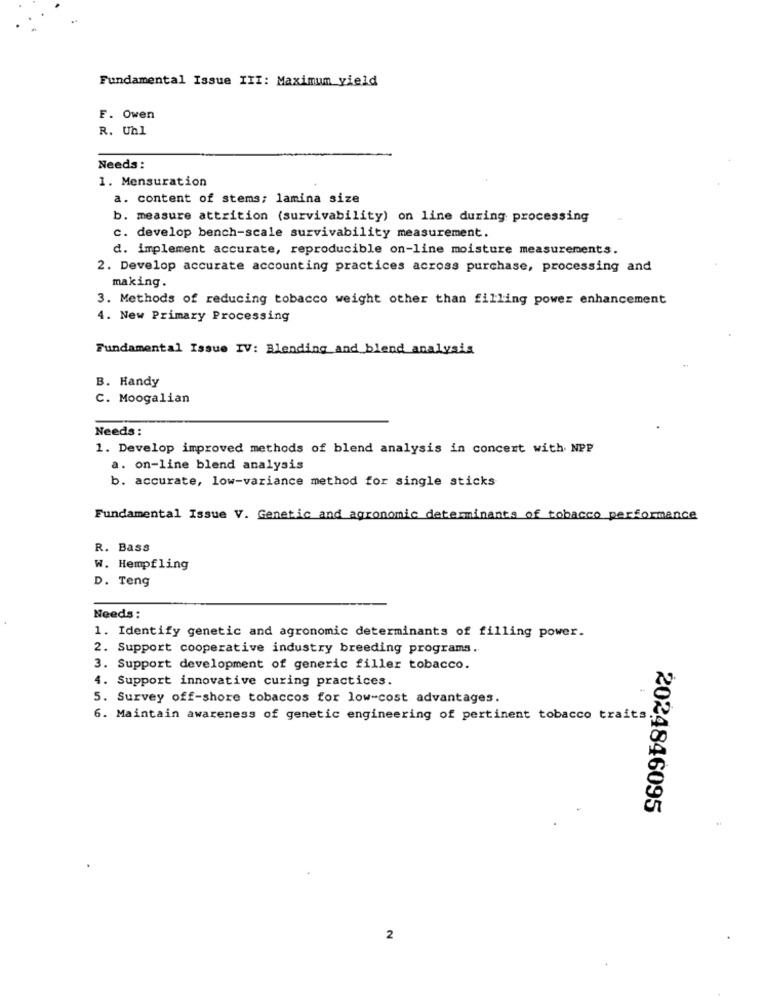
Fundamental Issue III: Maximum yield
F. Owen
R. Unl
Needs:
1. Mensuration
a. content of stems; lamina size
b. measure attrition (survivability) on line during processing
c. develop bench-scale survivability measurement.
d. implement accurate, reproducible on-line moisture measurements.
2. Develop accurate accounting practices across purchase, processing and
making.
3. Methods of reducing tobacco weight other than filling power enhancement
4. New Primary Processing
Fundamental Issue IV: Blending and blend analysis
B. Handy
C. Moogalian
Needs:
1. Develop improved methods of blend analysis in concert with NPP
a. on-line blend analysis
b. accurate, low-variance method for single sticks
Fundamental Issue V. Genetic and agronomic determinants of tobacco performance
R. Bass
W. Hempfling
D. Teng
Needs:
1. Identify genetic and agronomic determinants of filling power.
2. Support cooperative industry breeding programs.
3. Support development of generic filler tobacco.
4. Support innovative curing practices.
5. Survey off-shore tobaccos for low-cost advantages.
6. Maintain awareness of genetic engineering of pertinent tobacco traits
2024846095
2